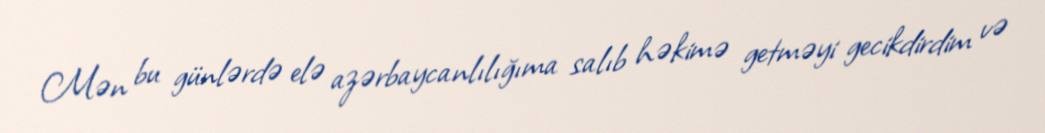
Mən bu günlərdə elə azərbaycanlılığıma salıb həkimə getməyi gecikdirdim və